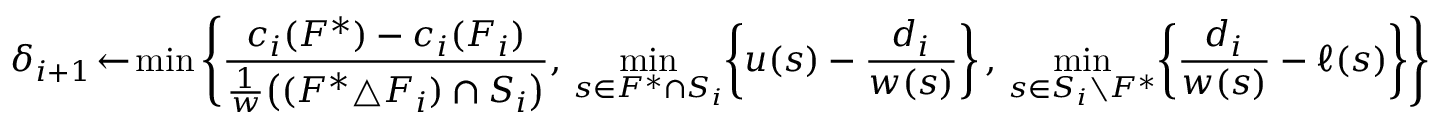
{ \delta _ { i + 1 } \! \gets \! \operatorname* { m i n } \left\{ \displaystyle \frac { c _ { i } ( F ^ { * } ) - c _ { i } ( F _ { i } ) } { \textstyle \frac { 1 } { w } \big ( ( F ^ { * } \triangle F _ { i } ) \cap S _ { i } \big ) } , \, \operatorname* { m i n } _ { s \in F ^ { * } \cap S _ { i } } \! \left\{ u ( s ) - \frac { d _ { i } } { w ( s ) } \right\} , \, \operatorname* { m i n } _ { s \in S _ { i } \setminus F ^ { * } } \! \left\{ \frac { d _ { i } } { w ( s ) } - \ell ( s ) \right\} \right\} }